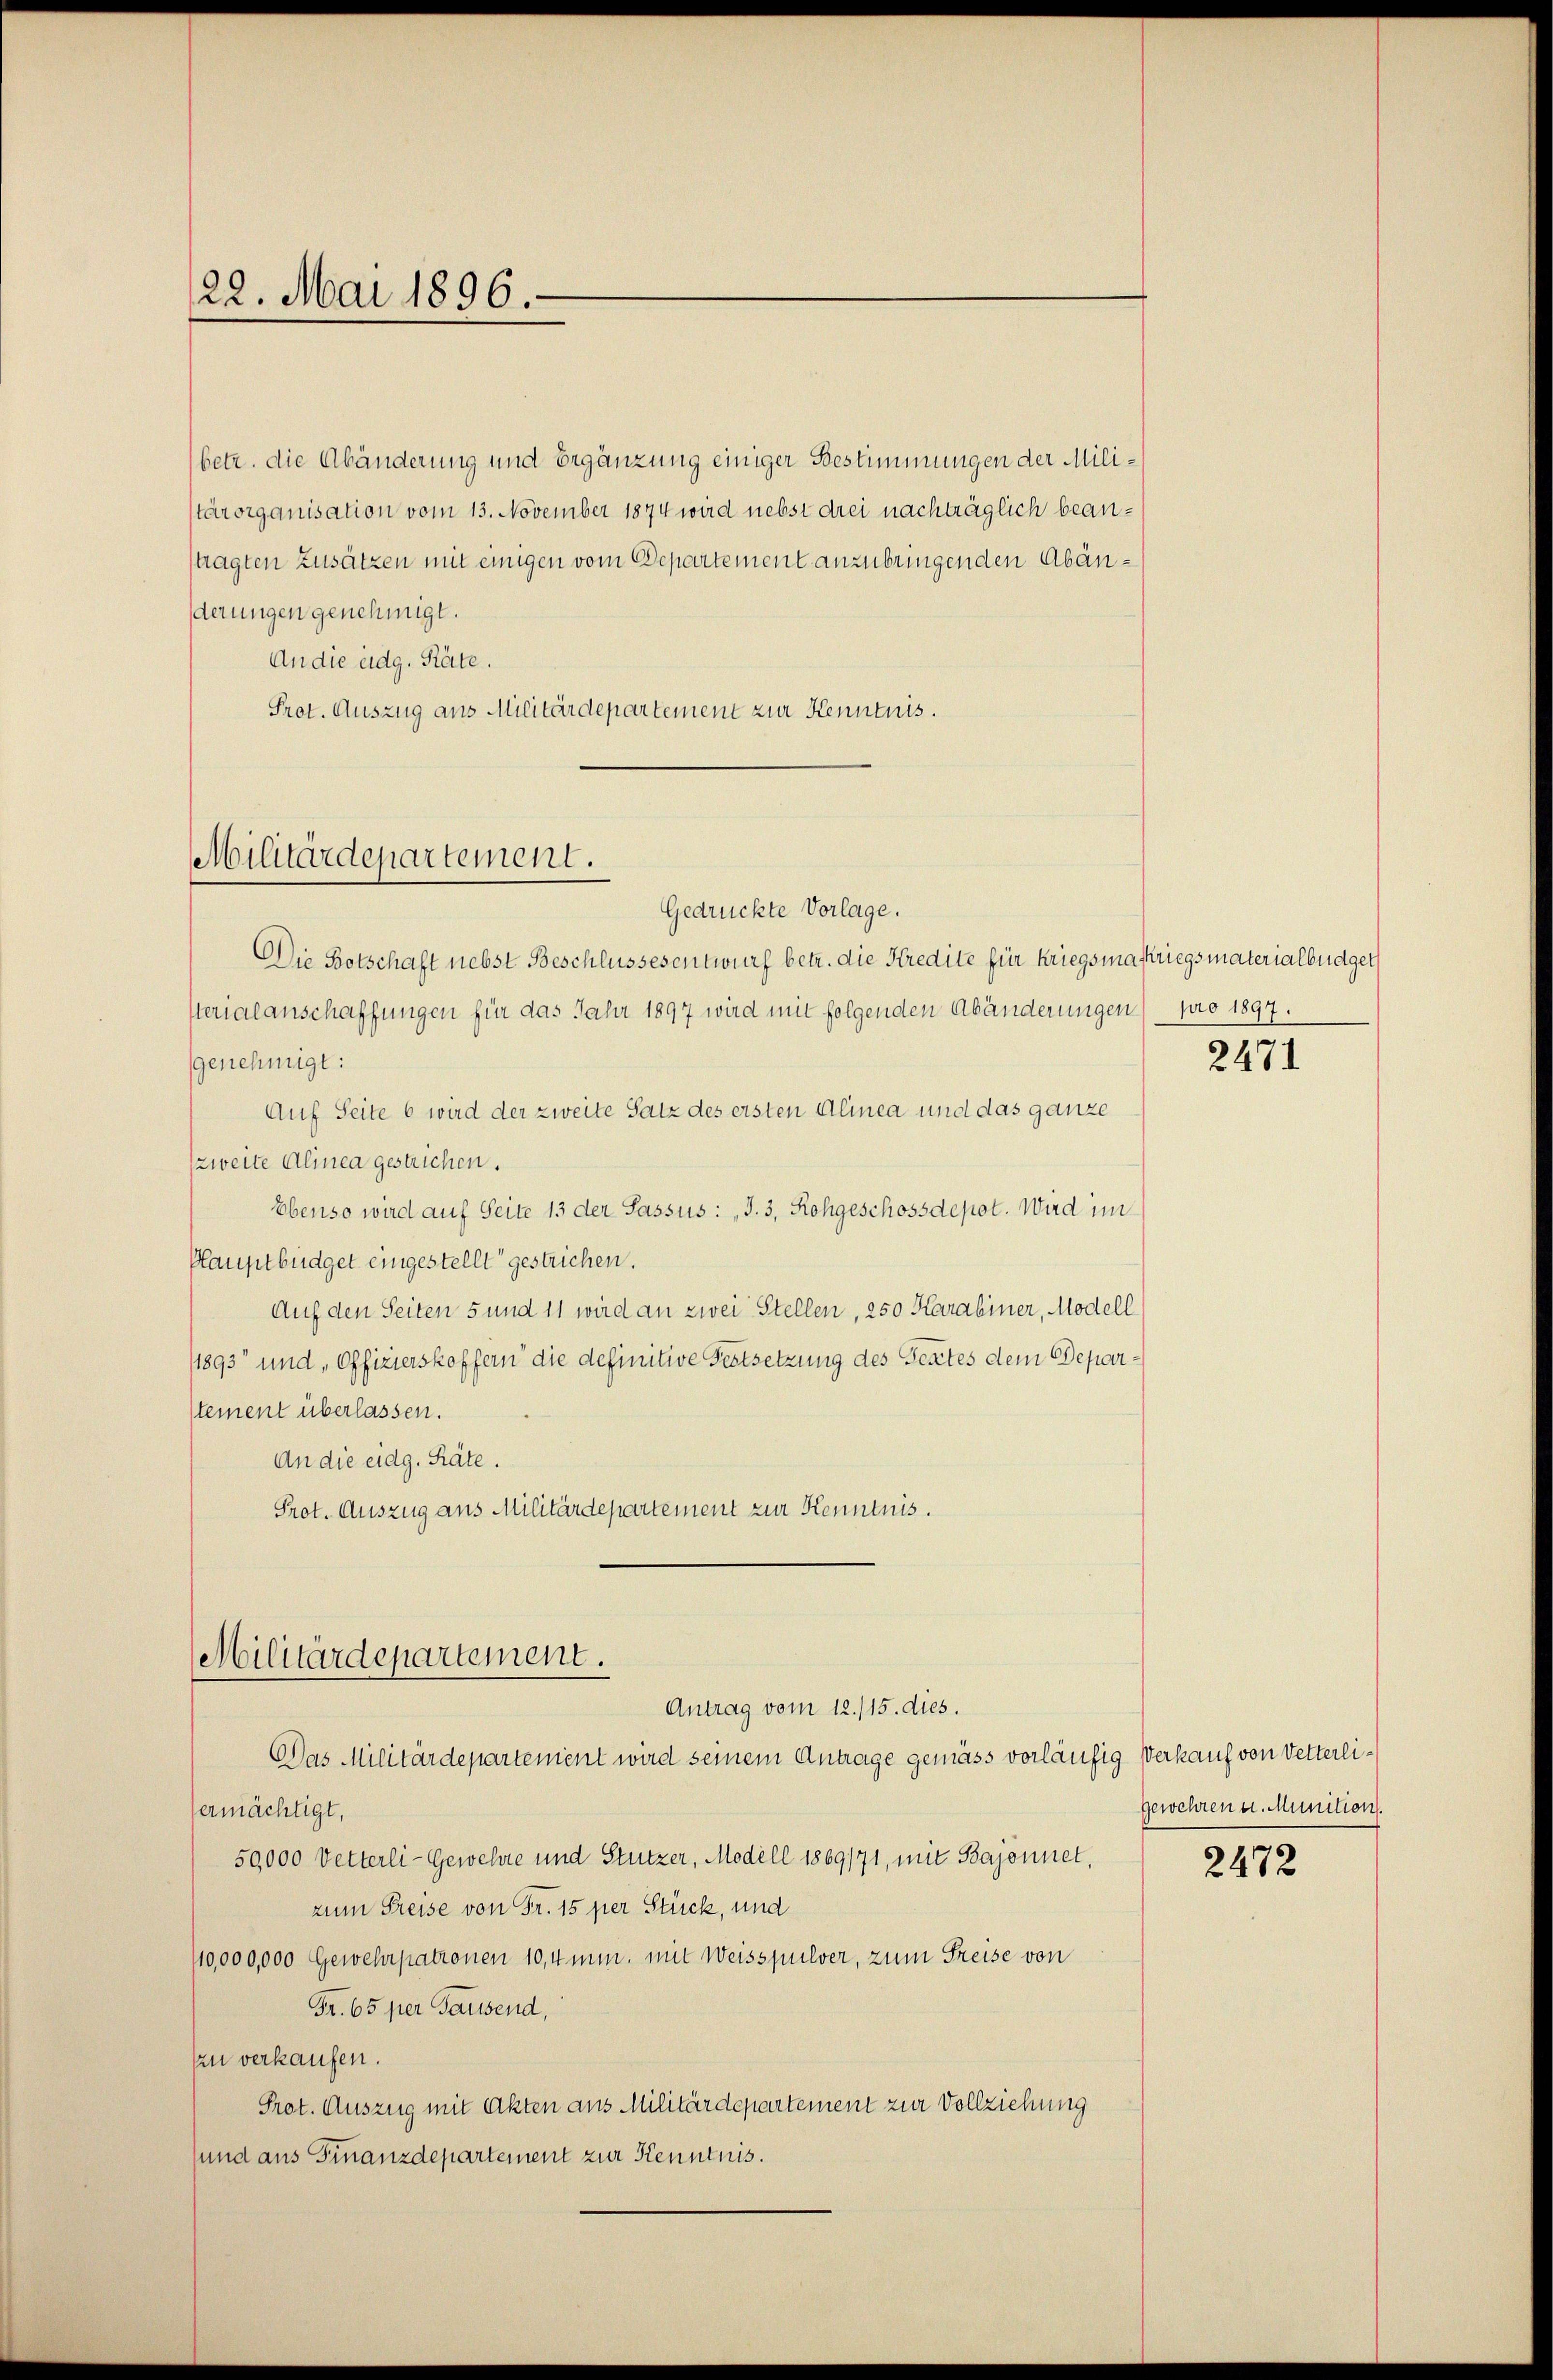
22. Mai 1896.

betr. die Abänderung und Ergänzung einiger Bestimmungen der Militärorganisation vom 13. November 1874 wird nebst drei nachträglich beantragten Zusätzen mit einigen vom Departement anzubringenden Abänderungen genehmigt.
An die eidg. Räte.
Prot. Auszug aus Militärdepartement zur Kenntnis.

Militärdepartement.

Gedrückte Vorlage.
Die Botschaft nebst Beschlussesentwurf betr. die Kredite für kriegsmaskriegsmaterialbüdget
Vterialanschaffungen für das Jahr 1897 wird mit folgenden Abänderungen) pro 1897.
genehmigt:
Auf Seite 6 wird der zweite Satz des ersten Alinea und das ganze
zweite Alinea gestrichen.
Ebenso wird auf Seite 13 der Passus: „J. 3, Rohgeschossdepot. Wird im
Plauptbüdget eingestellt gestrichen.
Auf den Seiten 5 und 11 wird an zwei Stellen, 250 Karabiner, Modell
/1893 und „Offizierskoffern die definitive Festsetzung des Gestes dem Departement überlassen.
An die eidg. Räte.
Prot. Auszug aus Militärdepartement zur Kenntnis.

Militärdepartement.
Antrag vom 12./15. dies.

Das Militärdepartement wird seinem Antrage gemäss vorläufig Verkauf von Vetterliermächtigt,
50,000 Vetterli-Gewehre und Stutzer, Modell 1869171, mit Bajonnet,
zum Preise von Fr. 15 per Stück, und
110,000,000 Gewehrpatronen 10,4mm. mit Weisspulver, zum Freise von
Fr. 65 per Sausend,
zu verkaufen.
Prot. Auszug mit Akten aus Militärdepartement zur Vollziehung
sund aus Finanzdepartement zur Kenntnis.

2471

gewehren u. Munition.

2472